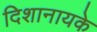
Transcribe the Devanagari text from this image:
दिशानायके